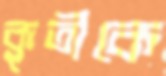
কৃতীকে